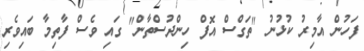
ފަހުން އާމިރު ކުޅުނު "ތަގްސް އޮފް ހިންދުސްތާން" ގައި ވެސް ފާތިމާ ބައިވެރި